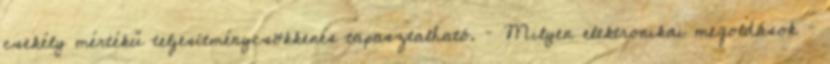
csekély mértékű teljesítménycsökkenés tapasztalható. – Milyen elektronikai megoldások –